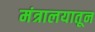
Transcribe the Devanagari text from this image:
मंत्रालयातून